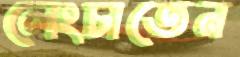
লেংচাতেন